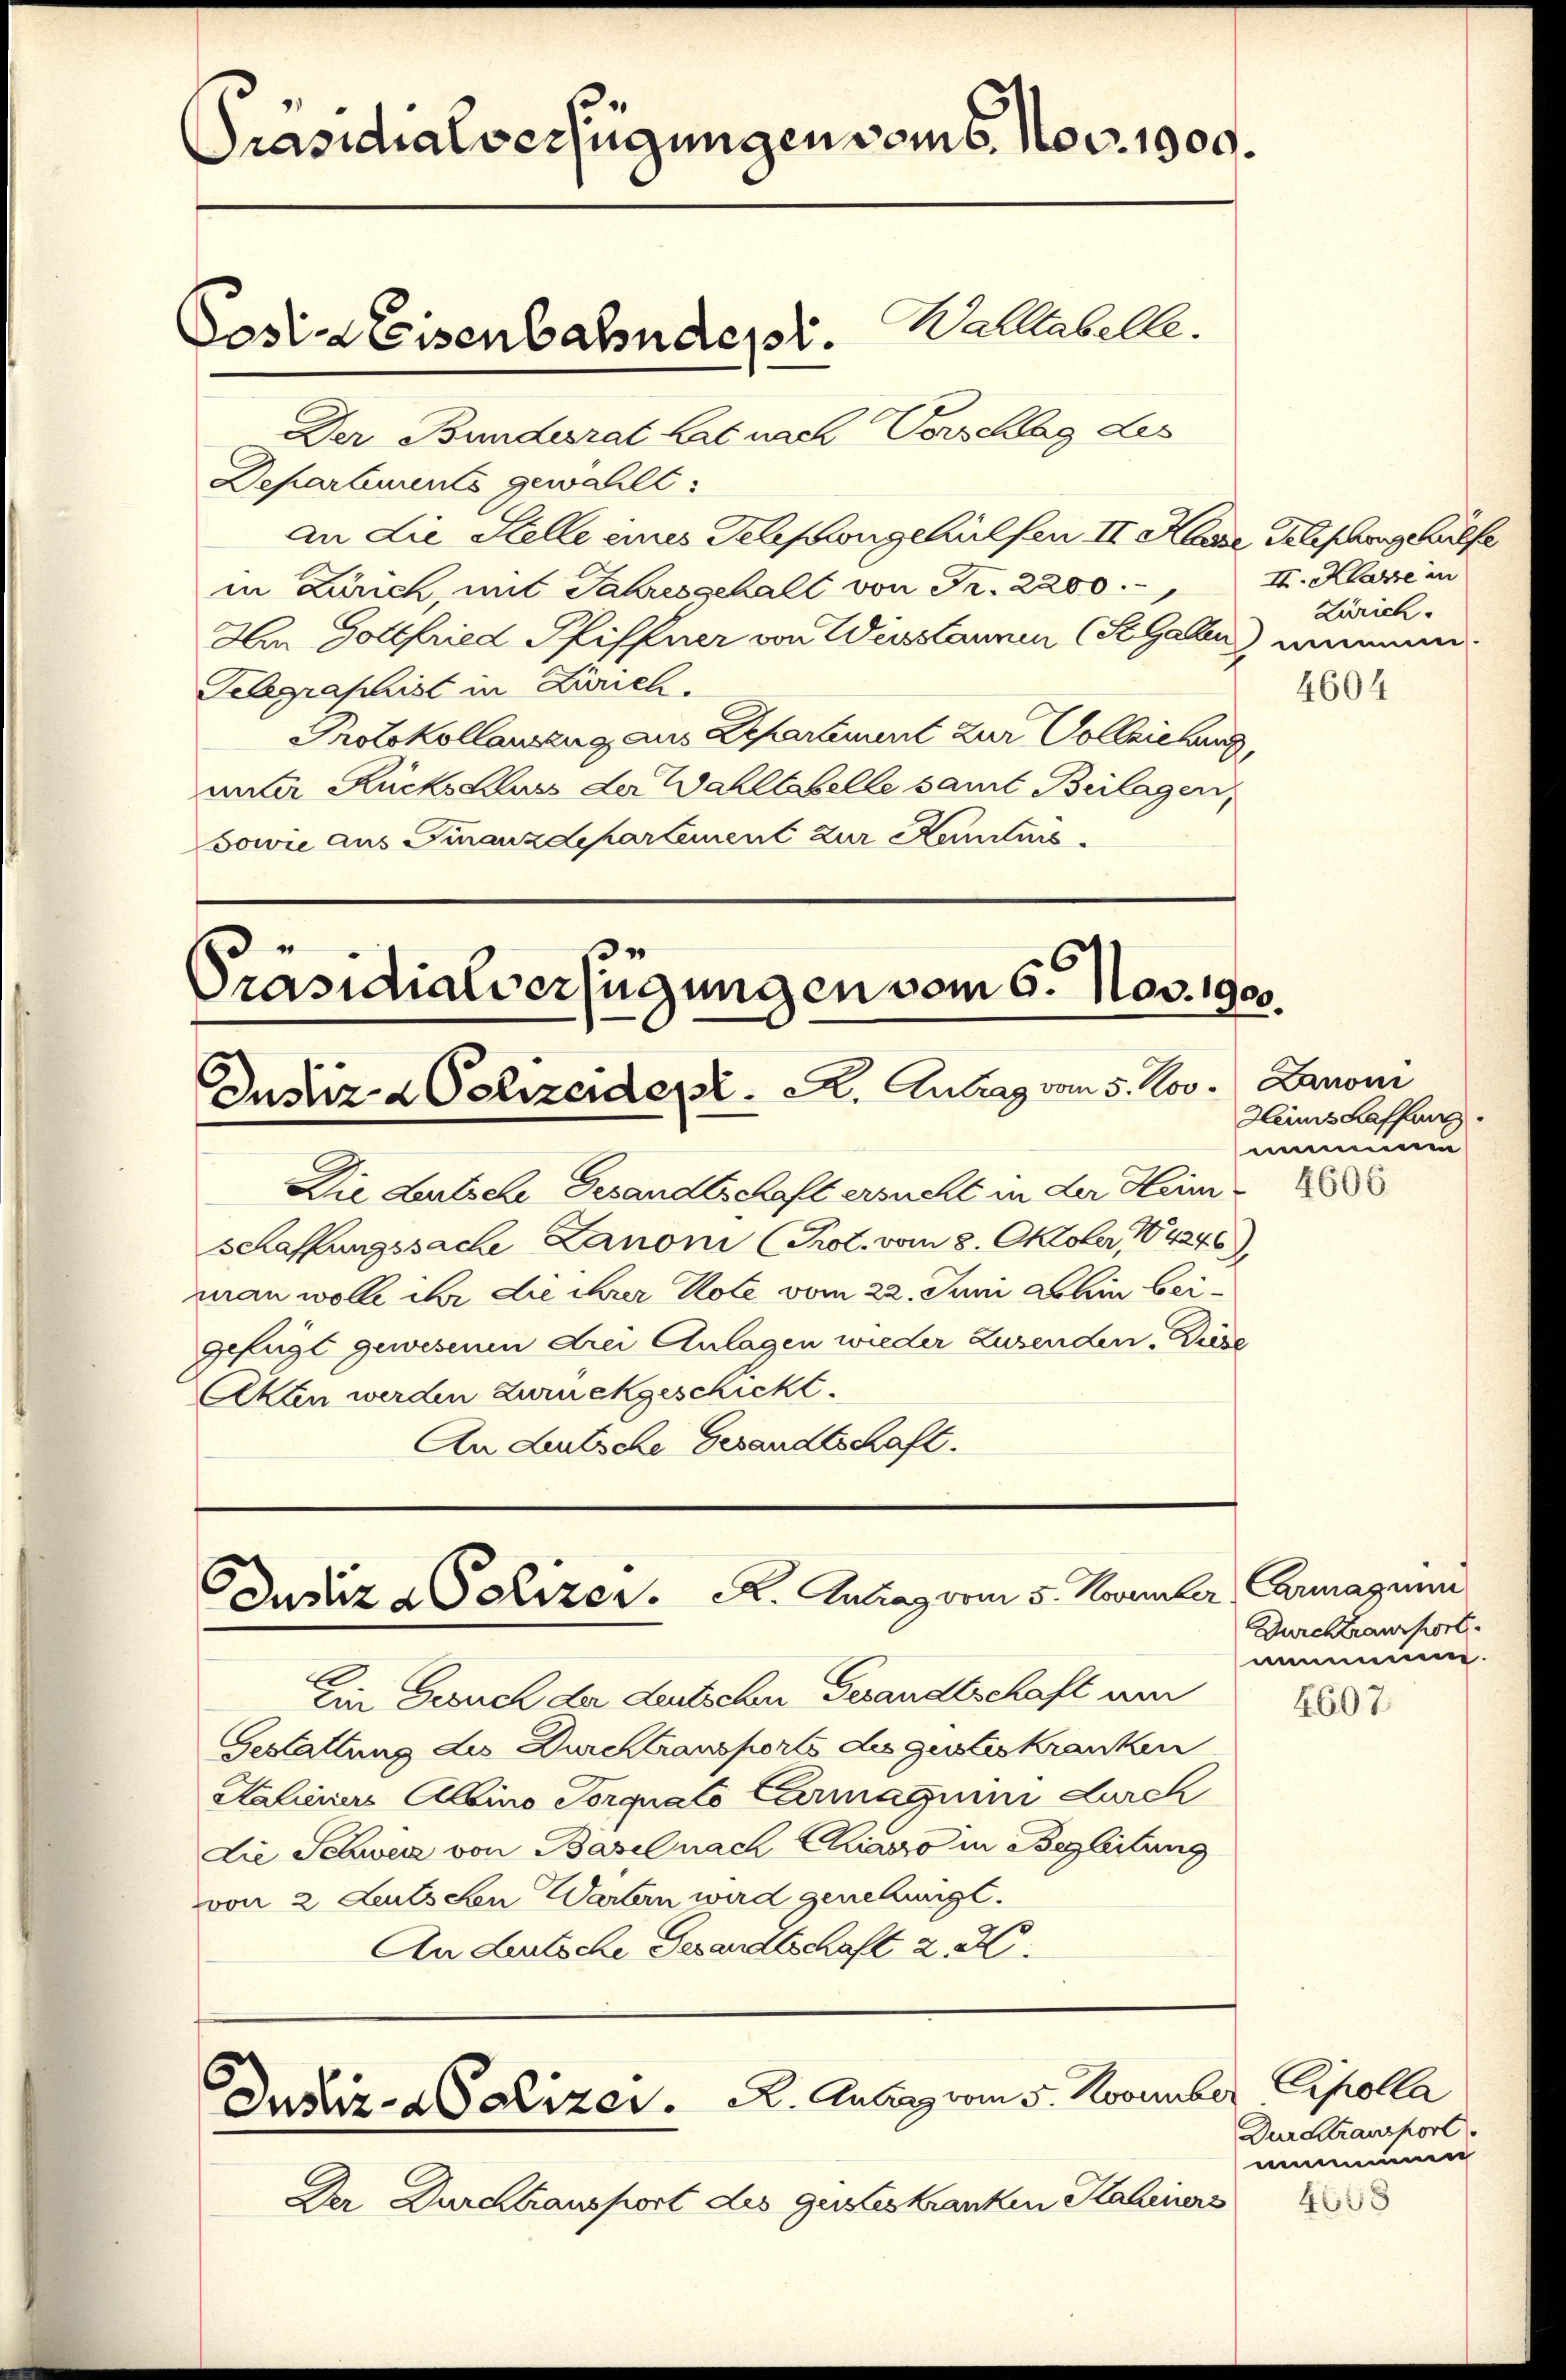
Präsidialverfügungen vom 6. Nov. 1909.

Postiz Eisenbahndepr.

Walltabelle.
Der Bundesrat hat nach Vorschlag des
Departements gewählt:
an die Stelle eines Telephongehülfen II Klage delischengehülfe
in Zürich, mit Jahresgehalt von Fr. 2200.
Am Gottfried Pfiffner von Wiestaunen (StGallen, nimmen.
Telegraphist in Zürich.
Protokollanzzug aus Departement zur Vollziehung,
mater Rückschluss der Wahltabelle samt Beilagen,
sowie aus Finanzdepartement zur Kenntnis

Präsidialverfügungen vom 6. Nov. 1900.
Justiz- & Polizeident. A. Antrag vom 5. Nov. Kanoni

Die Leutsche Gesandtschaft ersucht in der Heim
schaffungssache Lanoni (Prot. vom 8. Oktober 184246),
man wolle ihr die ihrer Kole vom 22. Juni Lohin beigefügt gewesenen drei Anlagen wieder Zusenden. Diese
Akten werden zurückgeschickt.
An Lautsche Gesandtschaft.

Dusiz Polizer. A. Antrag vom 5. November Carmaynun

Ein Gesuch der deutschen Gesandtschaft um
Gestattung die Durch transports des gesteskranken
Aalieners Albino Torgnato Carmagnini durch
die Schweiz von Basel nach Card in Begleitung
von 2 Leutschen Wartern wird genehmigt.
An deutsche Gesandtschaft 2. X.

Justiz - abolizei. A. Antrag vom 5. November

Der Durchtransport des gesteskranken Hahners

II. Klasse in
Zürich.

4604

Hinschaffung.
mmen
4606

Durch transport
mmuun.

4607

Cipolla
Durdtransport.
emeinen

4608